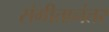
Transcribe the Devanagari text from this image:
संगीतानंतर